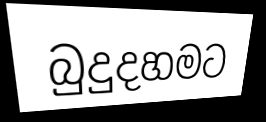
බුදුදහමට